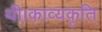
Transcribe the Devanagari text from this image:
थी।काव्यकृति